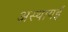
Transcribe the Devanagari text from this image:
अस्थायई